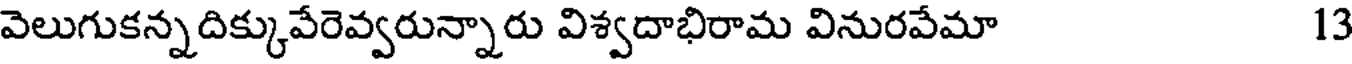
వెలుగుకన్నదిక్కువేరెవ్వరున్నారు విశ్వదాభిరామ వినురవేమా 13